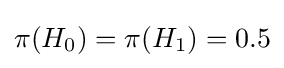
\pi (H_{0})=\pi (H_{1})=0.5